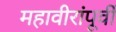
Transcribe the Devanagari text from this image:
महावीरांंपूर्वी